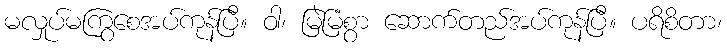
မလှုပ်မကြွစေအပ်ကုန်ပြီ။ ဝါ၊ မြဲမြံစွာ ဆောက်တည်အပ်ကုန်ပြီ။ ပရိစိတာ၊